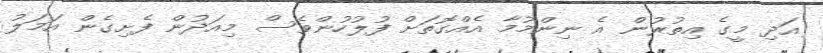
އަދި މީގެ އިތުރުން އެ ނިންމުމާ އެއްގޮތަށް ފުލުހުންވެސް މިއަދުން ފެށިގެން އަމަލު